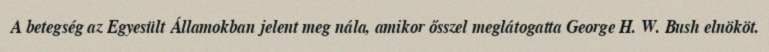
A betegség az Egyesült Államokban jelent meg nála, amikor ősszel meglátogatta George H. W. Bush elnököt.